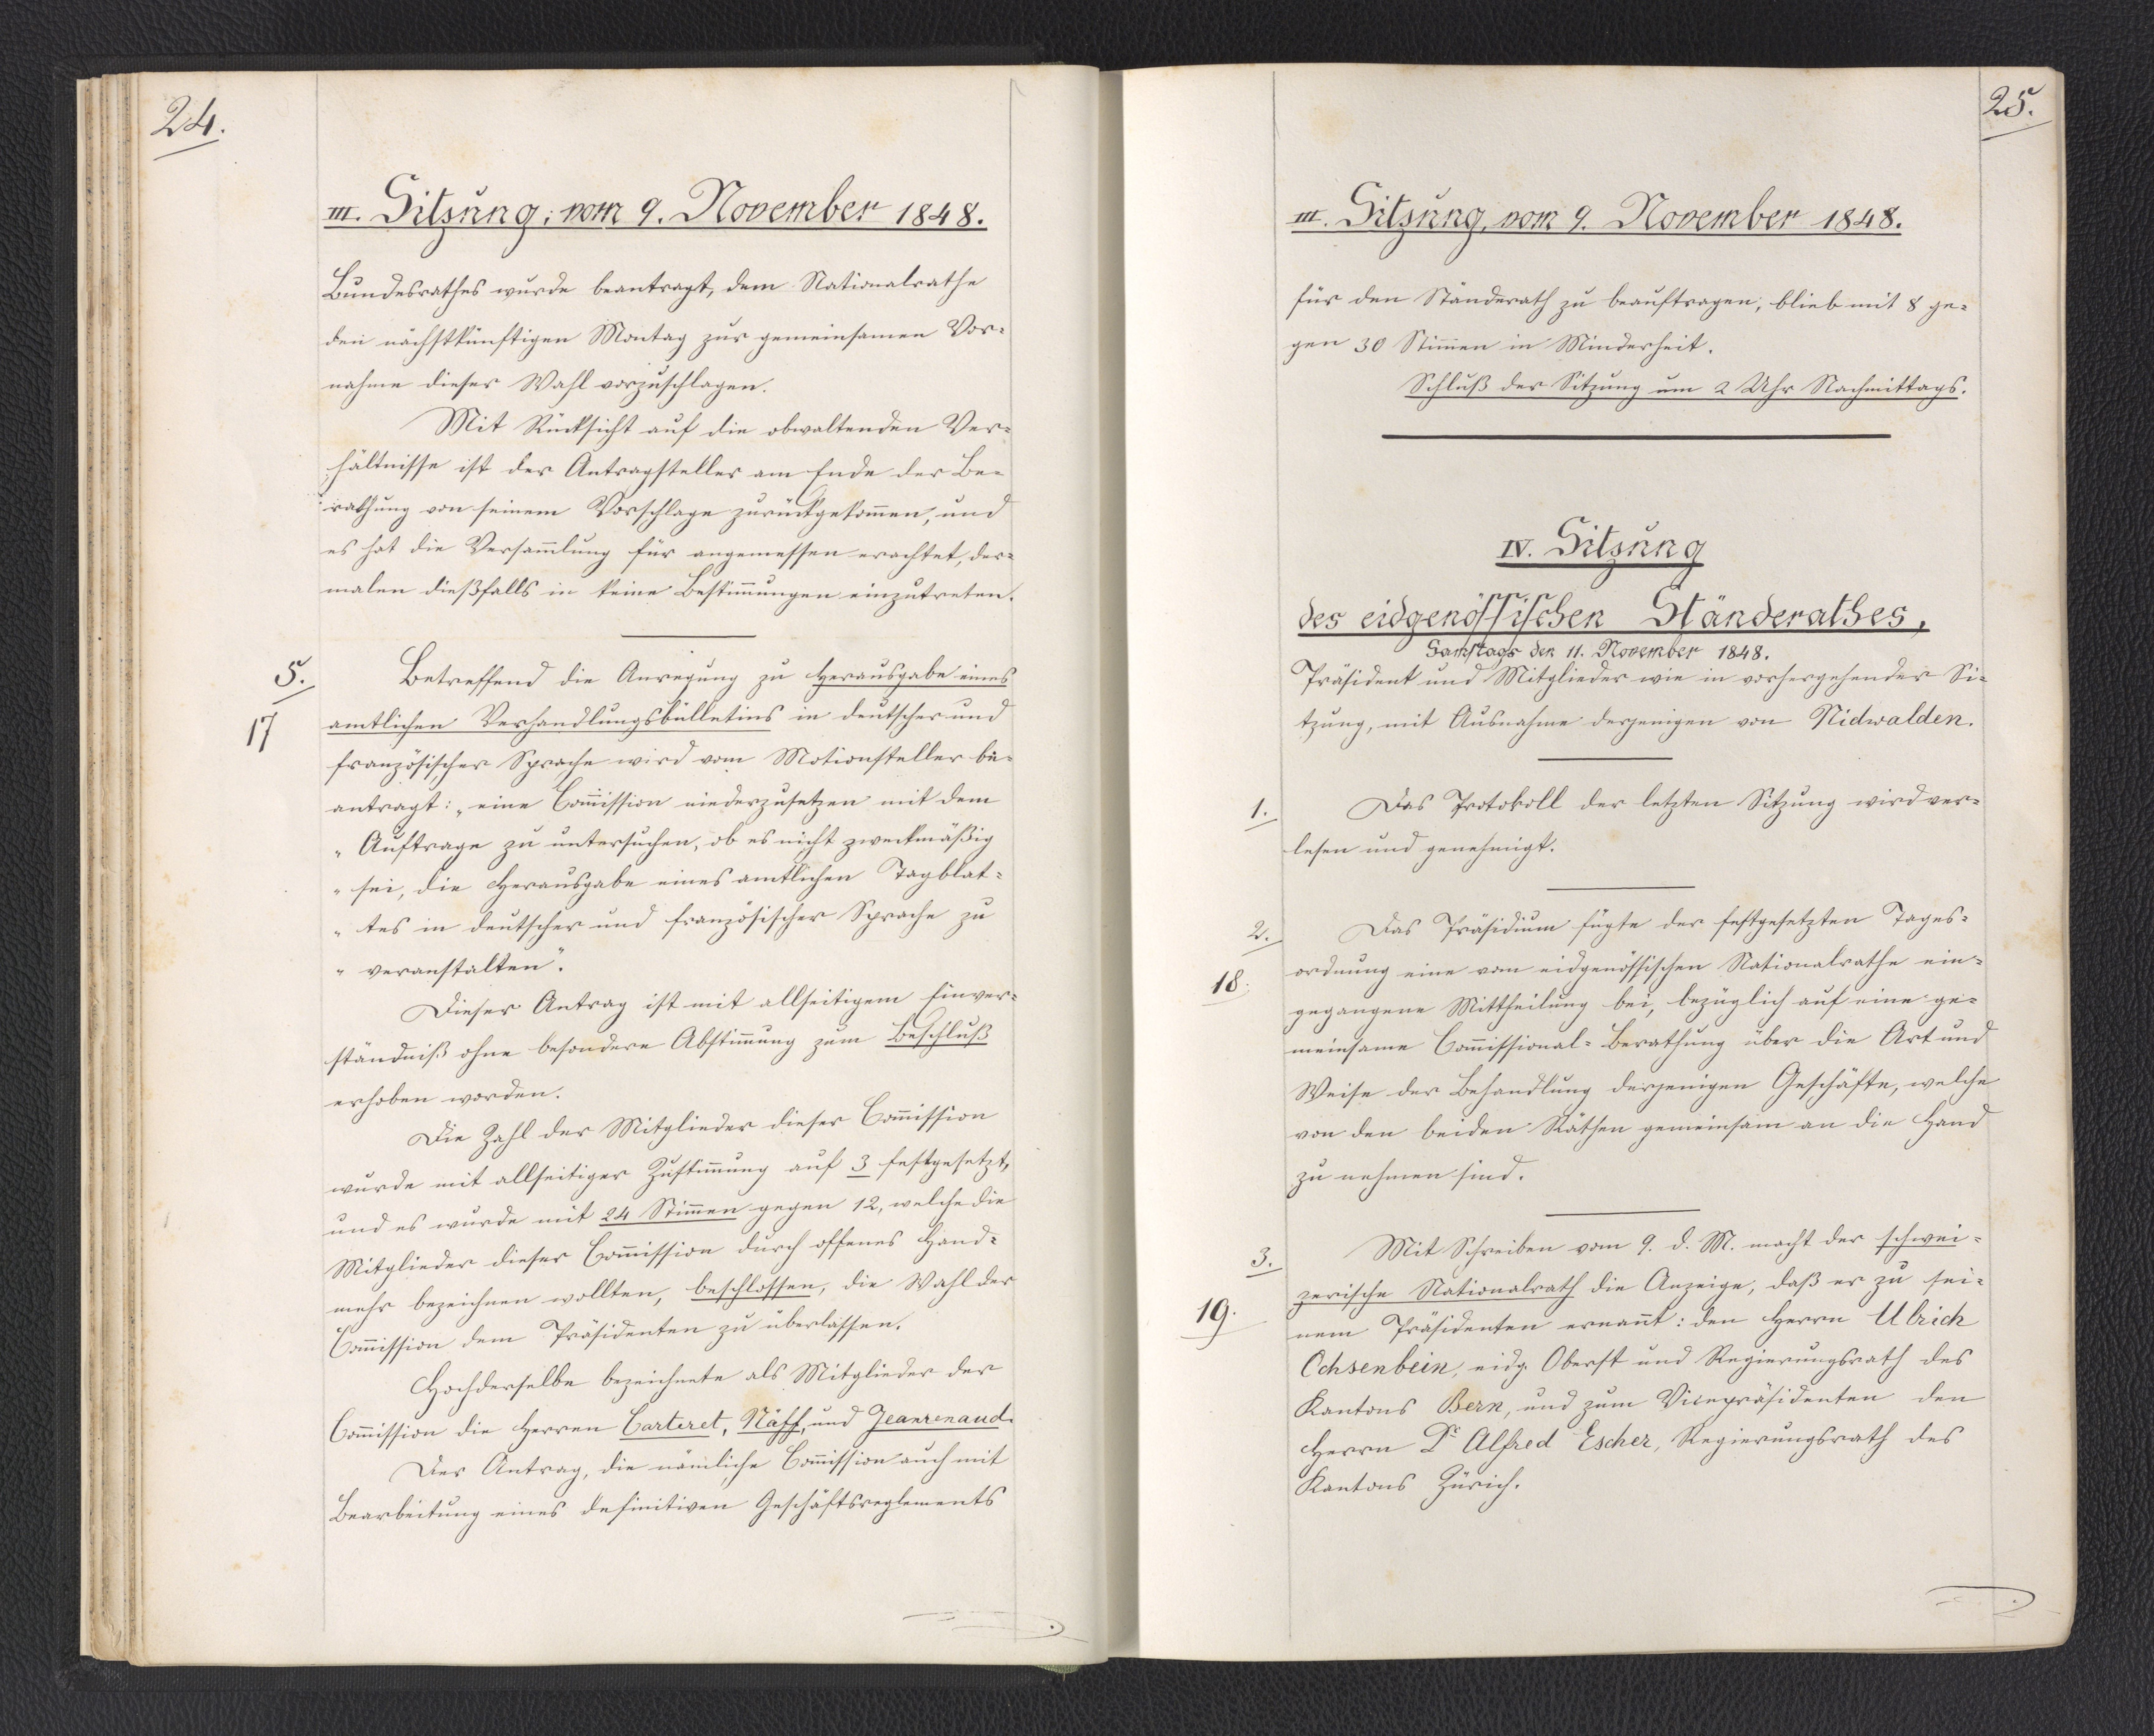
25.

IV. Sitzung
des eidgenössischen Ständerathes,
Samstags den 11. November 1848.

Präsident und Mitglieder wie in vorhergehender Si¬
tzung, mit Ausnahme derjenigen von Nidwalden.
Das Protokoll der letzten Sitzung wird ver¬
lesen und genehmigt.
Das Präsidium fügte der festgesetzten Tages¬
ordnung eine vom eidgenössischen Nationalrathe ein¬
gegangene Mittheilung bei, bezüglich auf eine ge¬
meinsame Commissional-Berathung über die Art und
Weise der Behandlung derjenigen Geschäfte, welche
von den beiden Räthen gemeinsam an die Hand
zu nehmen sind.
Mit Schreiben vom 9. d. M. macht der schwei¬
zerische Nationalrath die Anzeige, daß er zu sei¬
nem Präsidenten ernannt: den Herrn Ulrich
Ochsenbein, eidg. Oberst und Regierungsrath des
Kantons Bern, und zum Vicepräsidenten den
Herrn Dr. Alfred Escher, Regierungsrath des
Kantons Zürich.

1.

2.
18.

3.
19.